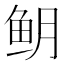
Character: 𬶈